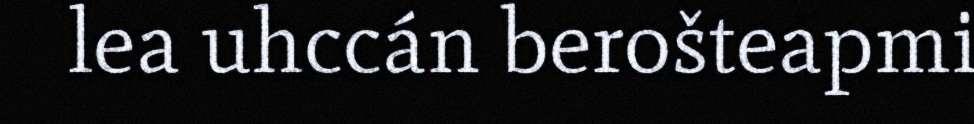
lea uhccán berošteapmi